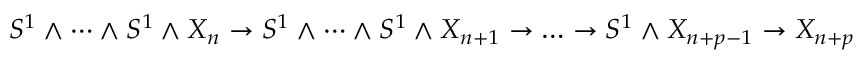
S ^ { 1 } \wedge \dots \wedge S ^ { 1 } \wedge X _ { n } \to S ^ { 1 } \wedge \dots \wedge S ^ { 1 } \wedge X _ { n + 1 } \to \dots \to S ^ { 1 } \wedge X _ { n + p - 1 } \to X _ { n + p }